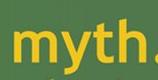
myth